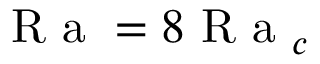
\textrm { R a } = 8 \textrm { R a } _ { c }